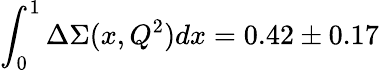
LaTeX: \int_{0}^{1}\Delta\Sigma(x,Q^{2})dx=0.42\pm 0.17